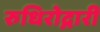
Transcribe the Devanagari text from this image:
रुधिरोद्नारी